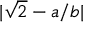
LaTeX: | { \sqrt { 2 } } - a / b |